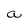
Character: a